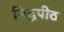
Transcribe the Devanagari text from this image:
सिद्घपीठ